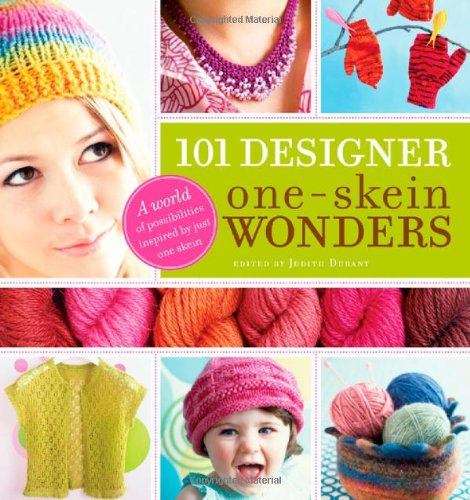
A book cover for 101 Designer One-Skein WondersÂ®: A World of Possibilities Inspired by Just One Skein; Crafts, Hobbies & Home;